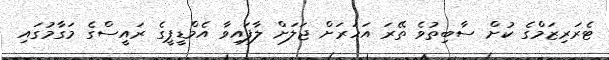
ޓެރަރިޒަމްގެ ކުށް ސާބިތުވެ ތޭރަ އަހަރަށް ޖަލަށް ލާފައިވާ އެމްޑީޕީގެ ރައީސްގެ މަގާމުގައި